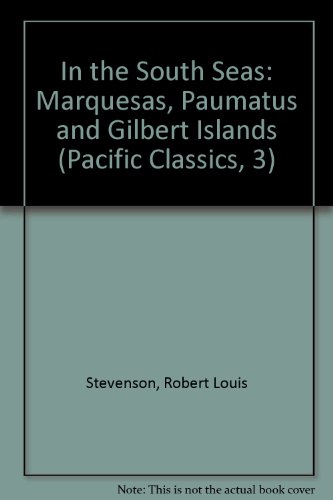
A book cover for In the South Seas: Being an Account of Experiences and Observations in the Marquesas, Paumotus and Gilbert Islands in the Course of Two Cruises, on T (Pacific Classics, 3); Robert Louis Stevenson; Travel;